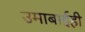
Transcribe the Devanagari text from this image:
उमाबाईही